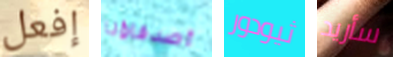
إفعل أصدقاؤنا ثيودور سأريد